Notes on the propagation and cultivation of the medicinal cinchonas, or Peruvian bark trees
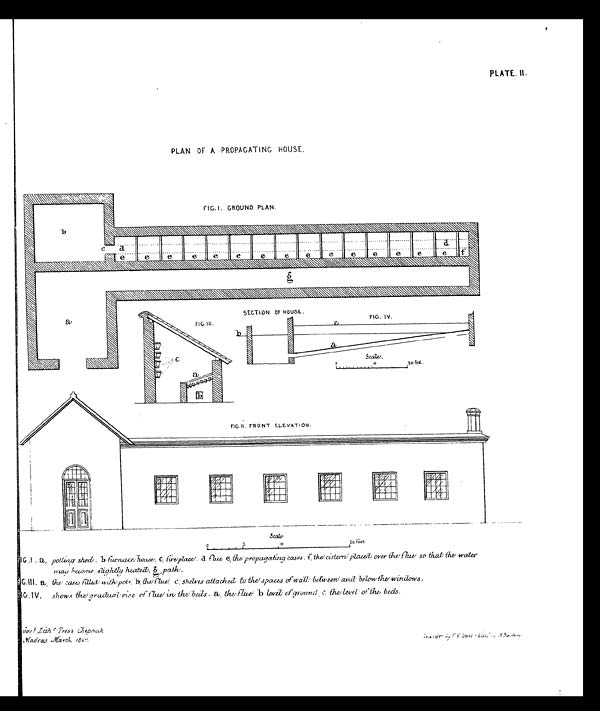
PLATE. II.
PLAN OF A PROPAGATING HOUSE
FI G 1 . a . p o l l i n g s h e d , b f u r n a c e h o u s e , c . f i r e p l a c e d . f l e u e . t h e p r o p a g a t i n g c a s e s , f . t h e c i s t e r n p l a c e d o v e r t h e f l u e s o t h a t t h e wa t e r
may become slightly heated g. path.
FI G I I I . a. t he cases f i l l ed wi t h pot s b. t he f l ue C. shel ves at t ached t o t he spaces of wal l bet ween and bel ow t he wi ndows.
FI G I V. shows t he gr adual r i se of f l ue i n t he beds a. t he f l ue b l evel of gr ound c. t he l evel of t he beds.
Govt. Litho Press Chepauk
Madras March 1867.